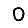
Digit: 0